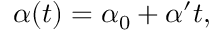
\alpha ( t ) = \alpha _ { 0 } + \alpha ^ { \prime } t ,